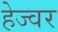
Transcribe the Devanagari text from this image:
हेज्वर